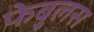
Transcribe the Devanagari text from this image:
फेबुलस